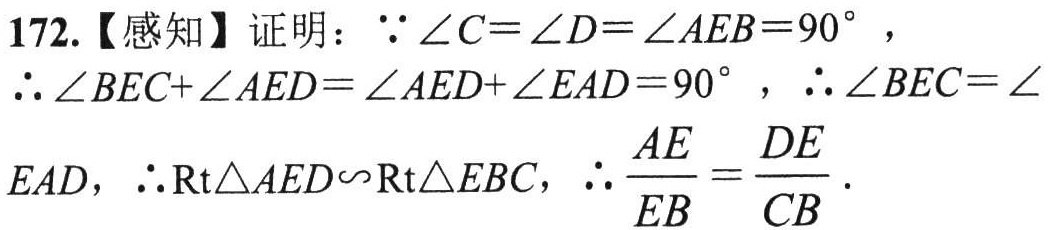
172.【感知】证明：\(\because\angle C = \angle D=\angle AEB = 90^{\circ}\)，
\(\therefore\angle BEC+\angle AED=\angle AED+\angle EAD = 90^{\circ}\)，\(\therefore\angle BEC=\angle EAD\)，\(\therefore\text{Rt}\triangle AED\backsim\text{Rt}\triangle EBC\)，\(\therefore\frac{AE}{EB}=\frac{DE}{CB}\).